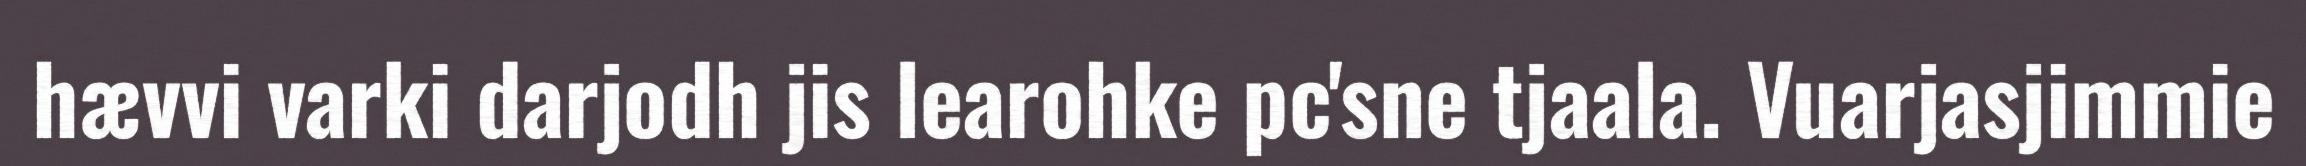
hævvi varki darjodh jis learohke pc'sne tjaala. Vuarjasjimmie